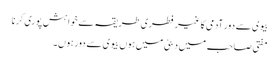
بیوی سے دور آدمی کا غیر فطری طریقہ سے خواہش پوری کرنا
مفتی صاحب میں دبئی میں ہوں بیوی سے دور ہوں۔